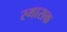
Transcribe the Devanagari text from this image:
स्मासक